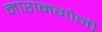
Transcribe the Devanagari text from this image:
मारानगोनी